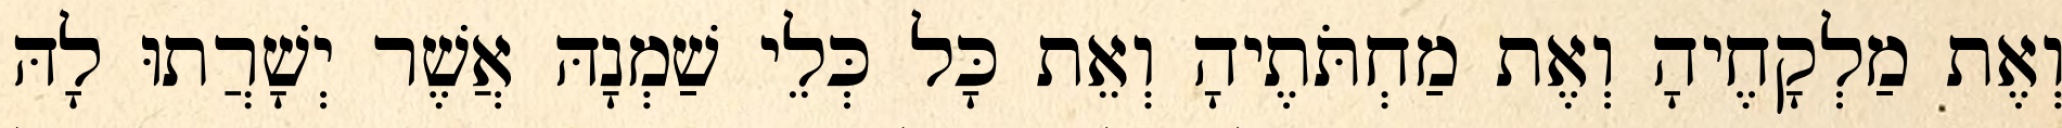
וְאֶת מַלְקָחֶיהָ וְאֶת מַחְתֹּתֶיהָ וְאֵת כָּל כְּלֵי שַׁמְנָהּ אֲשֶׁר יְשָׁרֲתוּ לָהּ